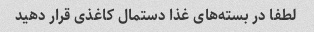
لطفا در بسته‌های غذا دستمال کاغذی قرار دهید